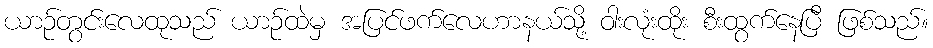
ယာဉ်တွင်းလေထုသည် ယာဉ်ထဲမှ အပြင်ဖက်လေဟာနယ်သို့ ဝါးလုံးထိုး စီးထွက်နေပြီ ဖြစ်သည်။